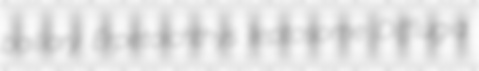
bailiary Erpetoichthys leptosome Difflugia